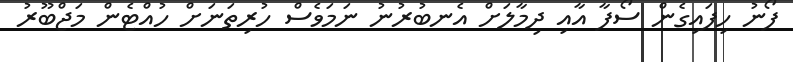
ފޯނު ހިފައިގެން ސޯފާ އާއި ދިމާލަށް އެނބުރުނު ނަމަވެސް ހުރިތަނަށް ހުއްޓެން މަޖްބޫރު